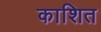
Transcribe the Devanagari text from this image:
काशित